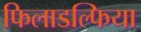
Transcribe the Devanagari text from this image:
फिलाडल्फिया